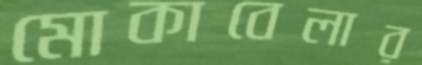
মোকাবেলার